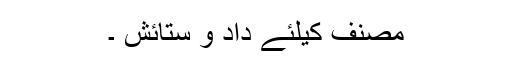
مصنف کیلئے داد و ستائش ۔